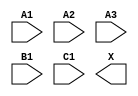
module sky130_fd_sc_hd__o311a (
    //# {{data|Data Signals}}
    input  A1,
    input  A2,
    input  A3,
    input  B1,
    input  C1,
    output X
);

    // Voltage supply signals
    supply1 VPWR;
    supply0 VGND;
    supply1 VPB ;
    supply0 VNB ;

endmodule